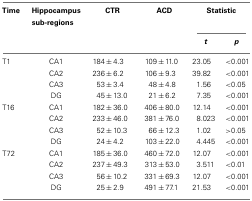
<table><thead><tr><td><b>Time</b></td><td><b>Hippocampus sub-regions</b></td><td><b>CTR</b></td><td><b>ACD</b></td><td colspan="2"><b>Statistic</b></td></tr><tr><td></td><td></td><td></td><td></td><td><b><i>t</i></b></td><td><b><i>p</i></b></td></tr></thead><tbody><tr><td>T1</td><td>CA1</td><td>184 ± 4.3</td><td>109 ± 11.0</td><td>23.05</td><td>&lt;0.001</td></tr><tr><td></td><td>CA2</td><td>236 ± 6.2</td><td>106 ± 9.3</td><td>39.82</td><td>&lt;0.001</td></tr><tr><td></td><td>CA3</td><td>53 ± 3.4</td><td>48 ± 4.8</td><td>1.56</td><td>&lt;0.05</td></tr><tr><td></td><td>DG</td><td>45 ± 13.0</td><td>21 ± 6.2</td><td>7.35</td><td>&lt;0.001</td></tr><tr><td>T16</td><td>CA1</td><td>182 ± 36.0</td><td>406 ± 80.0</td><td>12.14</td><td>&lt;0.001</td></tr><tr><td></td><td>CA2</td><td>233 ± 46.0</td><td>381 ± 76.0</td><td>8.023</td><td>&lt;0.001</td></tr><tr><td></td><td>CA3</td><td>52 ± 10.3</td><td>66 ± 12.3</td><td>1.02</td><td>&gt;0.05</td></tr><tr><td></td><td>DG</td><td>24 ± 4.2</td><td>103 ± 22.0</td><td>4.445</td><td>&lt;0.001</td></tr><tr><td>T72</td><td>CA1</td><td>185 ± 36.0</td><td>460 ± 72.0</td><td>12.07</td><td>&lt;0.001</td></tr><tr><td></td><td>CA2</td><td>237 ± 49.3</td><td>313 ± 53.0</td><td>3.511</td><td>&lt;0.01</td></tr><tr><td></td><td>CA3</td><td>56 ± 10.2</td><td>331 ± 69.3</td><td>12.07</td><td>&lt;0.001</td></tr><tr><td></td><td>DG</td><td>25 ± 2.9</td><td>491 ± 77.1</td><td>21.53</td><td>&lt;0.001</td></tr></tbody></table>